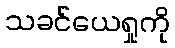
သခင်ယေရှုကို